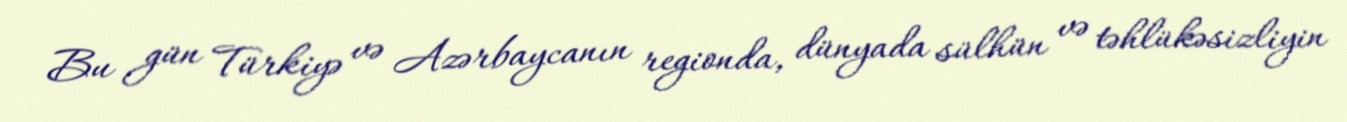
Bu gün Türkiyə və Azərbaycanın regionda, dünyada sülhün və təhlükəsizliyin